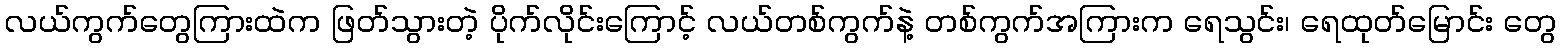
လယ်ကွက်တွေကြားထဲက ဖြတ်သွားတဲ့ ပိုက်လိုင်းကြောင့် လယ်တစ်ကွက်နဲ့ တစ်ကွက်အကြားက ရေသွင်း၊ ရေထုတ်မြောင်း တွေ